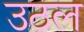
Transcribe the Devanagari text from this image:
उठल